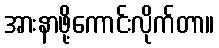
အားနာဖို့ကောင်းလိုက်တာ။